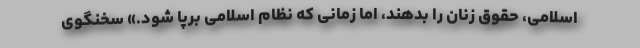
اسلامی، حقوق زنان را بدهند، اما زمانی که نظام اسلامی برپا شود.» سخنگوی